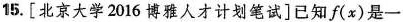
15.[北京大学2016博雅人才计划笔试]已知f(x)是一